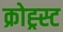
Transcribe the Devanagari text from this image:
क्रोह्र्स्ट